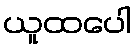
ယူထပေါ